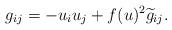
LaTeX: \begin{align*}g_{ij}=-u_iu_j+f(u)^2 \widetilde{g}_{ij}.\end{align*}